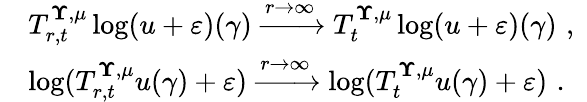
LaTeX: \begin{array}{rl}&{T_{r,t}^{{\mathbf\Upsilon},{\mu}}\log(u+\varepsilon)(\gamma)\xrightarrow{r\to\infty}T_{t}^{{\mathbf\Upsilon},{\mu}}\log(u+\varepsilon)(\gamma)\, \, \mathrm{,}\; \, }\\ &{\log(T_{r,t}^{{\mathbf\Upsilon},{\mu}}u(\gamma)+\varepsilon)\xrightarrow{r\to\infty}\log(T_{t}^{{\mathbf\Upsilon},{\mu}}u(\gamma)+\varepsilon)\, \, \mathrm{.}}\end{array}